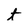
Character: t